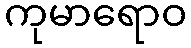
ကုမာရောဝ